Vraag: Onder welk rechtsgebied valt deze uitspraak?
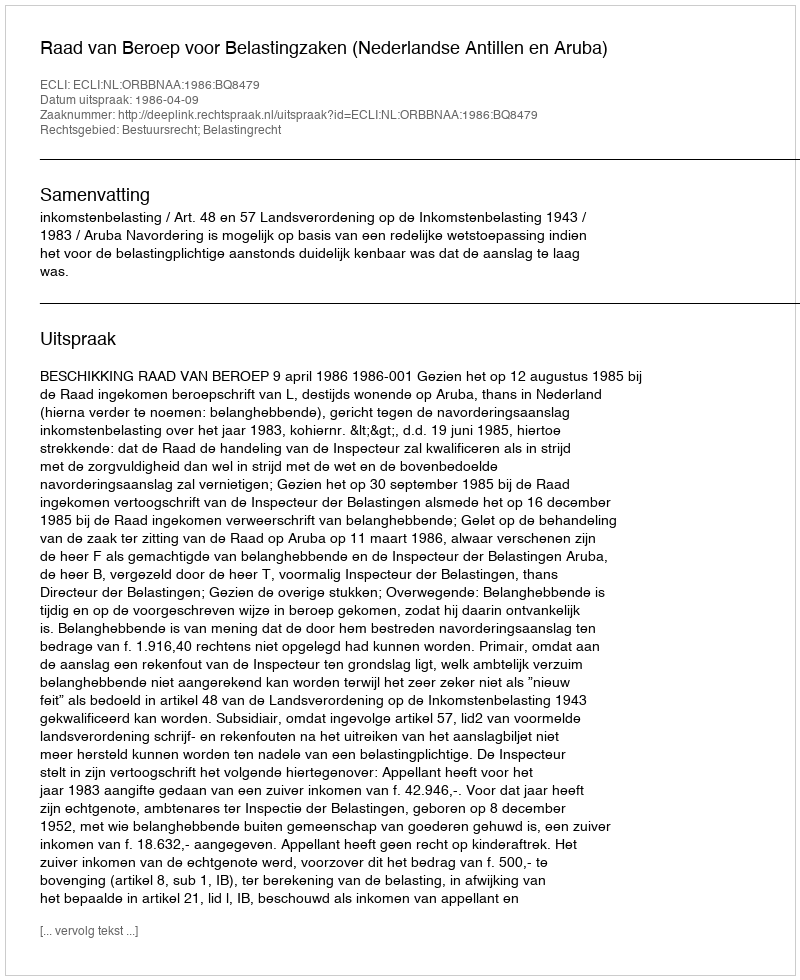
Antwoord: Bestuursrecht; Belastingrecht